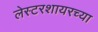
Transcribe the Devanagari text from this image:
लेस्टरशायरच्या